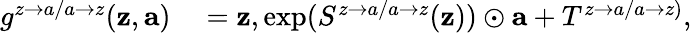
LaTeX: \begin{array}{rl}{g^{z\rightarrow a/a\rightarrow z}(\mathbf{z},\mathbf{a})}&{{}=\mathbf{z},\exp(S^{z\rightarrow a/a\rightarrow z}(\mathbf{z}))\odot\mathbf{a}+T^{z\rightarrow a/a\rightarrow z)},}\end{array}